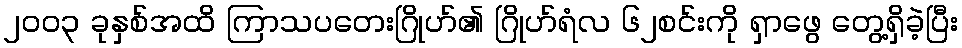
၂၀၀၃ ခုနှစ်အထိ ကြာသပတေးဂြိုဟ်၏ ဂြိုဟ်ရံလ ၆၂စင်းကို ရှာဖွေ တွေ့ရှိခဲ့ပြီး